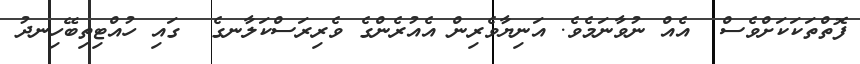
ފޮތްތަކަކަށްވެސް  އެއް ނުވާނަމެވެ. އަނިޔާވެރިން އެއުރެންގެ ވެރިރަސްކަލާނގެ  ގައި ހުއްޓިތިބޭހިނދު